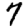
Digit: 7